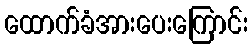
ထောက်ခံအားပေးကြောင်း